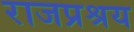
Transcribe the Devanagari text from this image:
राजप्रश्रय